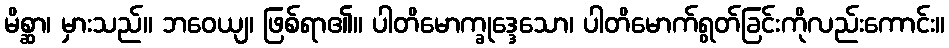
မိစ္ဆာ၊ မှားသည်။ ဘဝေယျ၊ ဖြစ်ရာ၏။ ပါတိမောက္ခုဒ္ဒေသော၊ ပါတိမောက်ရွတ်ခြင်းကိုလည်းကောင်း။